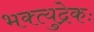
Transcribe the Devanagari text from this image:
भक्त्युद्रेकः